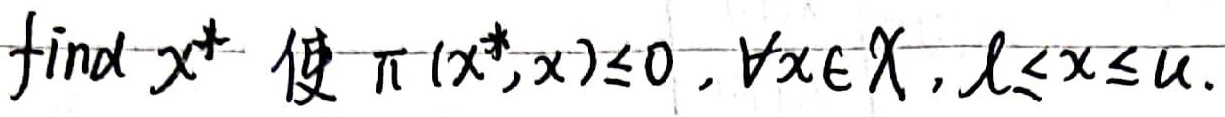
\(find\ x^{*}\) 使 \(\pi(x^{*},x)\leq0,\forall x\in \chi, l\leq x\leq u\).